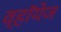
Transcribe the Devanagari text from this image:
व्हॉयेज